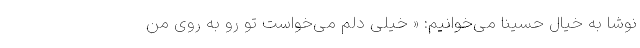
نوشا به خیال حسینا می‌خوانیم: « خیلی دلم می‌خواست تو رو به روی من